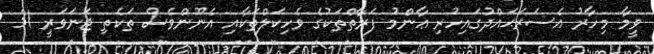
ވީމާ މިހާރު އެސަރަޙައްދުގައިހުރި ޢާންމު ފަރާތްތަކުގެ ވެހިކަލްތަކާއި އެނޫންވެސް ތަކެތި ޖަނަވަރީ 31